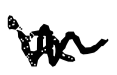
Text: a
Cross-out: zig-zag
Writing tool: digital_black